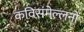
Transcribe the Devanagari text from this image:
कविसंमेल्लनों